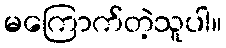
မကြောက်တဲ့သူပါ။